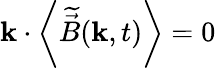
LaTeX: \boldsymbol{\mathbf{k}}\cdot\left<\widetilde{{\vec{{B}}}}(\boldsymbol{\mathbf{k}},t)\right>=0